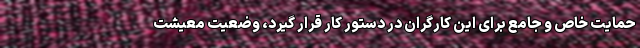
حمایت خاص و جامع برای این کارگران در دستور کار قرار گیرد، وضعیت معیشت